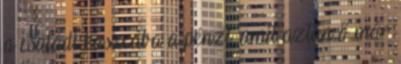
a családi kasszába a pénzt, amit aztán ő már